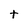
Character: t